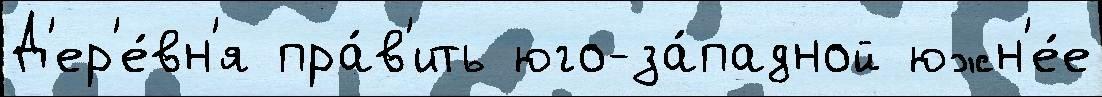
Д'ер'е́вн'я пра́в'ить юго-за́падной южн'е́е